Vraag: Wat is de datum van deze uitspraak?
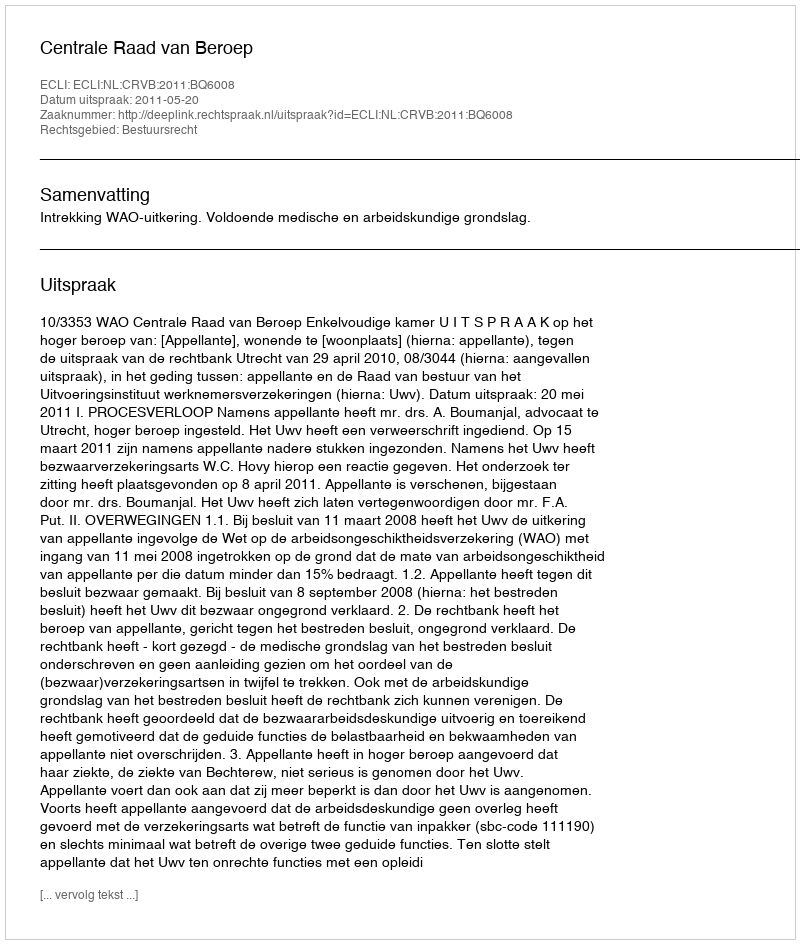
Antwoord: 2011-05-20